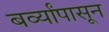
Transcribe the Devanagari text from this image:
बर्व्यांपासून